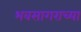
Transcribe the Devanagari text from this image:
भवसागराच्या